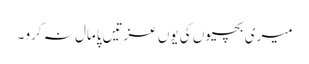
میری بچیوں کی یوں عزتیں پامال نہ کرو ۔